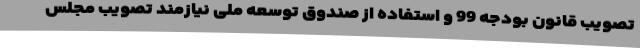
تصویب قانون بودجه 99 و استفاده از صندوق توسعه ملی نیازمند تصویب مجلس